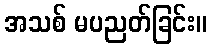
အသစ် မပညတ်ခြင်း။